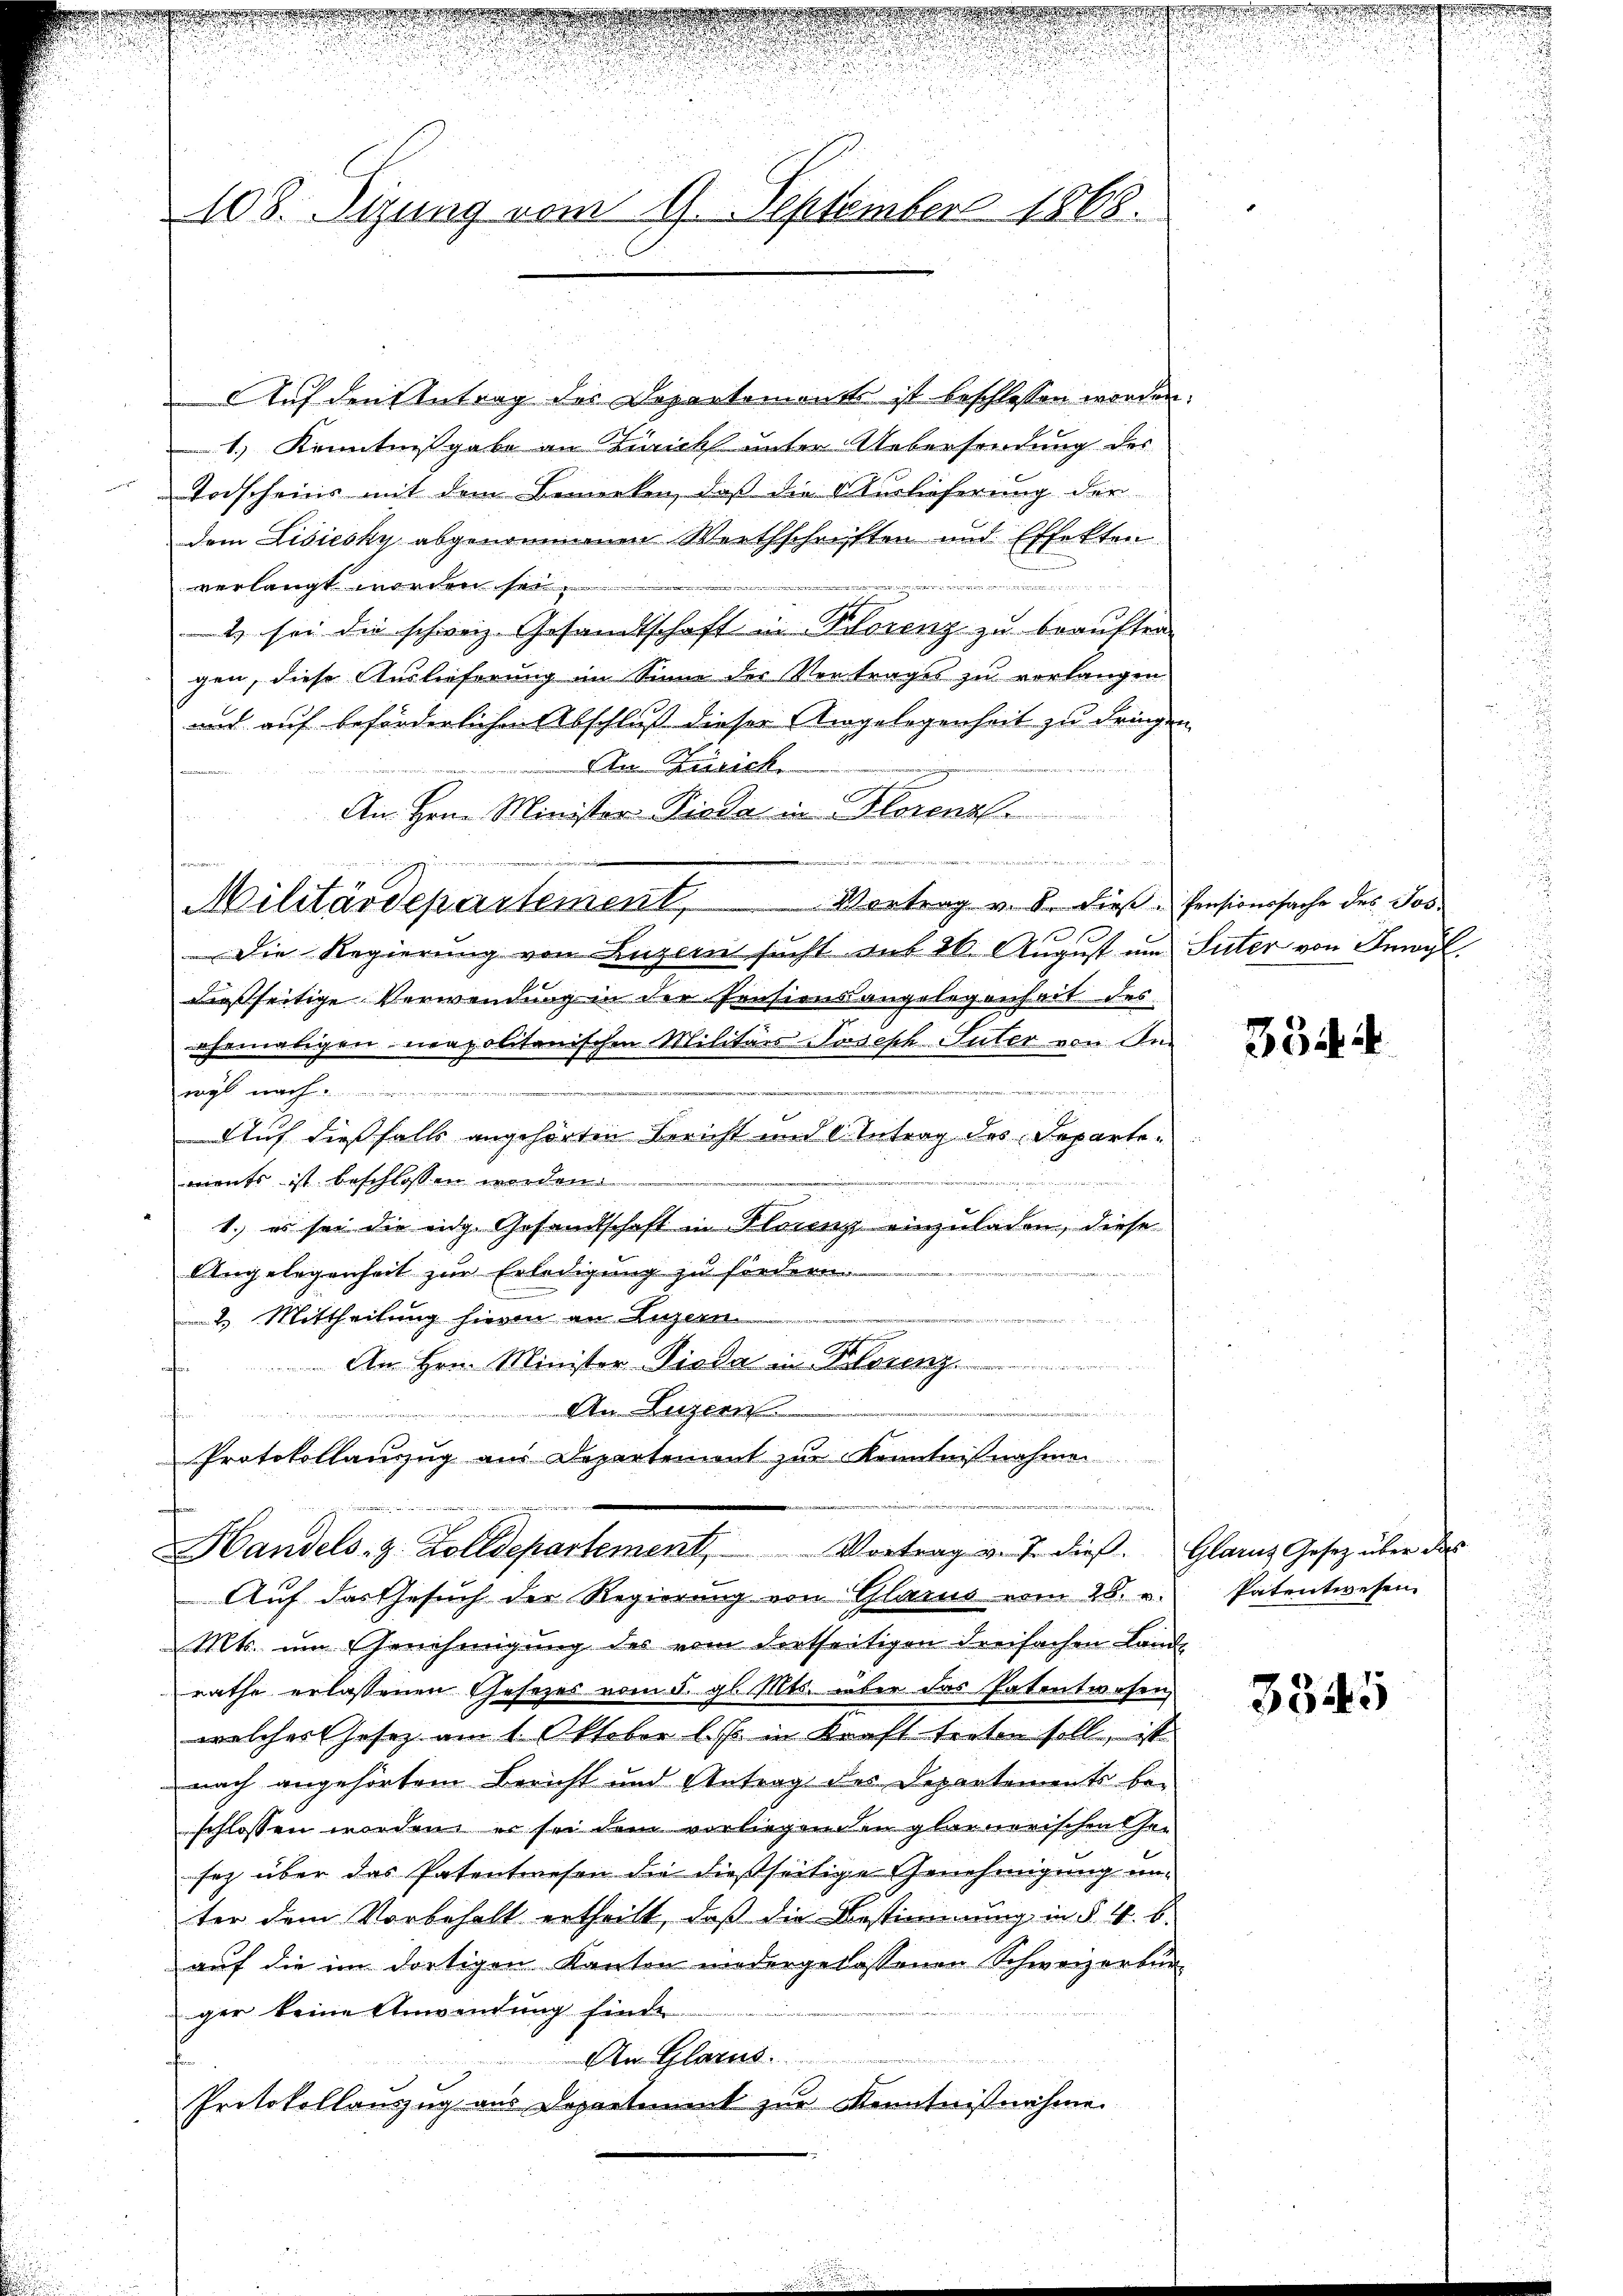
108. Sizung vom 17. September 1868.

u

wer
E
Handels- z. Zolldepartement Vortrag v. J. dieβ. Glarus Gesetz über der
Auf das Gesuch der Regierung von Glarus vom 28. u.

Auf den Antrag des Departement ist beschlossen worden.
1.) Kenntnißgabe an Zürichs unter Uebersendung des
Todscheins mit dem Bemerken, daß die Vorlieferung der
dem Lisiesky abgenommenen Werthschriften und Effekten.
verlangt worden sei.
n
1 sei die schweiz. Gesandtschaft in Plorenz zu beauftra-
gen, diese Auslieferung im Sinne der Vertrages zu vorlangen
uit auf beförderlichen Abschluß dieser Angelegenheit zu dringen
An Zürich
An Hrn. Minister-Fieda in Florenal
Militärdepartement, Vortrag v. 8. dies - Pensionssache des Jos¬
Die Regierung von Luzern sucht auf 20. August um Suter von Inwyl,
dießseitige Verwendung in der Pensionsangelegenheit des
ehemaligen Rapolitanischen Militärs Joseph Suter von In

wi u |
Auf dießfalls angehörten Bericht und Antrag des Departevients ist beschlossen worden.
1. es sei die eidg. Gesandtschaft in Florenz einzuladen, diese
Angelegenheit zur Erledigung zu fördern
t
e
2. Mittheilung hierin an Luzern
An Hrn. Minister Pioda in derenz
An Luzern
n
fen
Protokollauszug aus Departemont zur Kenntnißnahme

wenn

Mts. um Genehmigung des vom dortseitigen dreifachen Landrathe erlassenen Gesezes vom 5. gl. Mts. über das Patentwesen
welcher Gesetz am 1. Oktober l. Js. in Kraft treten soll, ist
nach angehörtem Bericht und Antrag des Departements beschlossen worden, er sei dem vorliegenden glarnerischen Chen
sez über das Patentwesen die dießseitige Genehmigung unter dem Vorbehalt ertheilt, daß die Bestimmung in §. 4. b.
auf die im dortigen Kanton niedergelassenen Schweizerbürger keine Anwendung finde.
n
An Glarus.
Protokollanzug aus Departiment zur Kenntnißnahme.

3344

Patentwesen.

3345